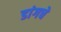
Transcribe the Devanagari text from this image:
डांगचे